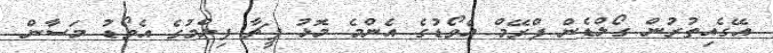
އޭގެއިތުރުން ގޯލްޑެން ފްރޭމް އެވޯޑުގެ އެންމެ މޮޅު ފީޗާ ފިލްމުގެ އެވޯޑު މަސާން